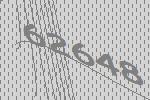
62648